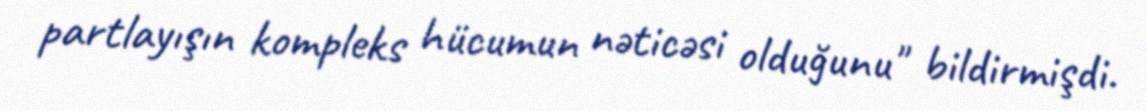
partlayışın kompleks hücumun nəticəsi olduğunu" bildirmişdi.